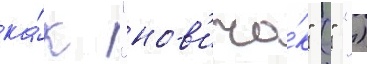
ка́к "нов'ичо́к" (" ")